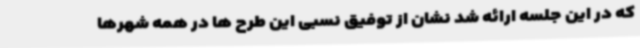
که در این جلسه ارائه شد نشان از توفیق نسبی این طرح ها در همه شهرها